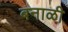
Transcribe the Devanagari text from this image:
बनाळी